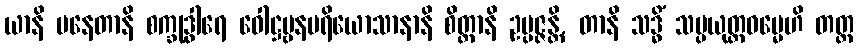
ယာနိ ပနေတာနိ စက္ခုဒွါရေ ဝေါဋ္ဌဗ္ဗနပရိယောသာနာနိ စိတ္တာနိ ဥပ္ပဇ္ဇန္တိ, တာနိ သဒ္ဓိံ သမ္ပယုတ္တဓမ္မေဟိ တတ္ထ